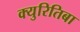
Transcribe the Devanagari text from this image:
क्युरितिबा